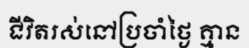
ជីវិតរស់នៅប្រចាំថ្ងៃ គ្មាន